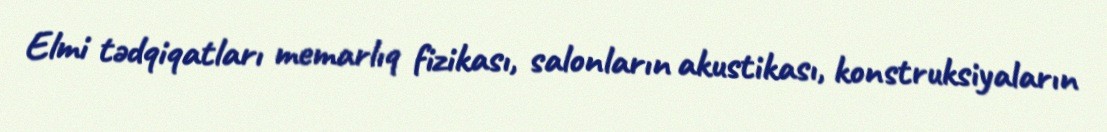
Elmi tədqiqatları memarlıq fizikası, salonların akustikası, konstruksiyaların